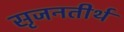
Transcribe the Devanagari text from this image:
सृजनतीर्थ